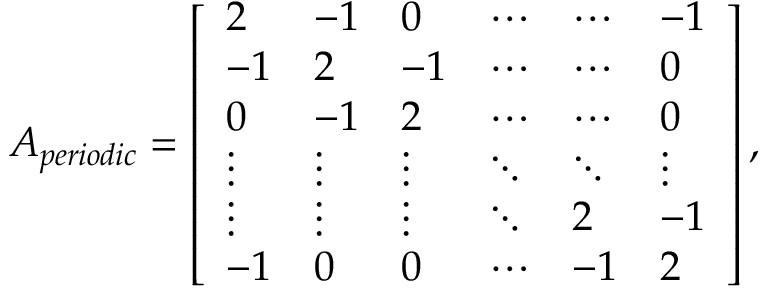
A _ { p e r i o d i c } = \left[ \begin{array} { l l l l l l } { 2 } & { - 1 } & { 0 } & { \cdots } & { \cdots } & { - 1 } \\ { - 1 } & { 2 } & { - 1 } & { \cdots } & { \cdots } & { 0 } \\ { 0 } & { - 1 } & { 2 } & { \cdots } & { \cdots } & { 0 } \\ { \vdots } & { \vdots } & { \vdots } & { \ddots } & { \ddots } & { \vdots } \\ { \vdots } & { \vdots } & { \vdots } & { \ddots } & { 2 } & { - 1 } \\ { - 1 } & { 0 } & { 0 } & { \cdots } & { - 1 } & { 2 } \end{array} \right] ,